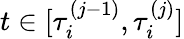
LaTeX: t\in[\tau_{i}^{(j-1)},\tau_{i}^{(j)}]